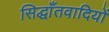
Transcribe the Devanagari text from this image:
सिद्धाँतवादियों